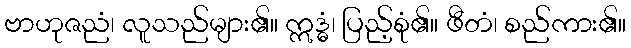
ဗာဟုဇညံ၊ လူသည်များ၏။ ဣဒ္ဓံ၊ ပြည့်စုံ၏။ ဖီတံ၊ စည်ကား၏။